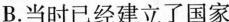
B.当时已经建立了国家